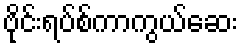
ဗိုင်းရပ်စ်ကာကွယ်ဆေး